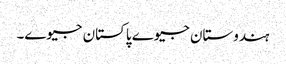
ہندوستان جیوے پاکستان جیوے۔